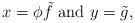
LaTeX: \begin{align*}x=\phi \tilde f {\rm\ and\ } y= \tilde g,\end{align*}